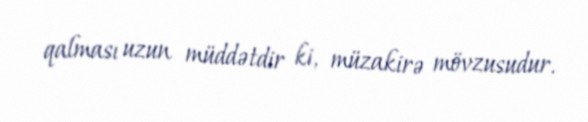
qalması uzun müddətdir ki, müzakirə mövzusudur.